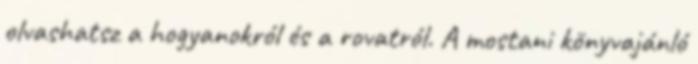
olvashatsz a hogyanokról és a rovatról. A mostani könyvajánló